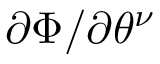
\partial \Phi / \partial \theta ^ { \nu }